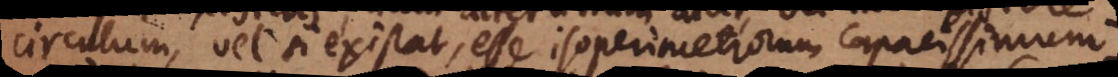
circulum, vel si existat, esse isoperimetrorum capacissimum.:)